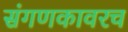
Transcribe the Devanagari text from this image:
संगणकावरच